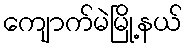
ကျောက်မဲမြို့နယ်